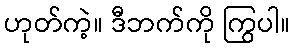
ဟုတ်ကဲ့။ ဒီဘက်ကို ကြွပါ။